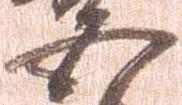
五